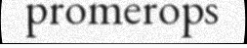
promerops